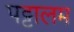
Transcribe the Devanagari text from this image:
पट्टालम